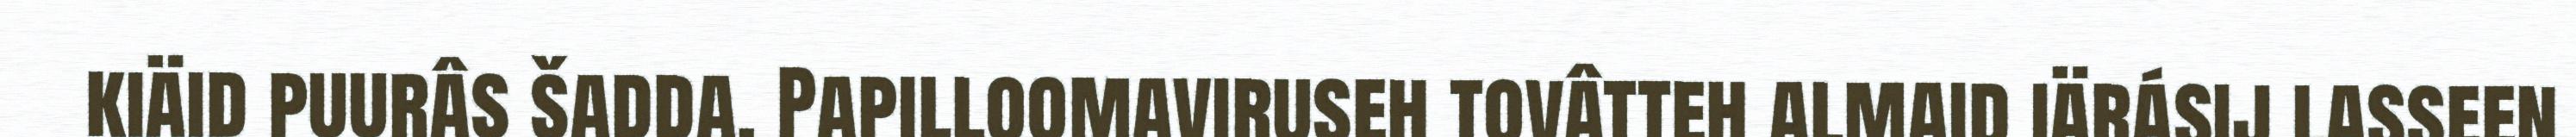
kiäid puurâs šadda. Papilloomaviruseh tovâtteh almaid iärásij lasseen